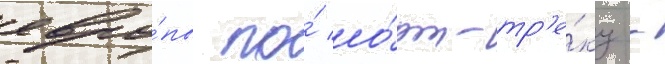
евро́пы по́ шо́рт-тр'е́ку -